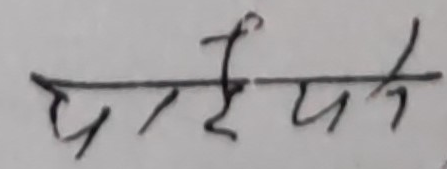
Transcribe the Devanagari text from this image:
पर्यये